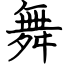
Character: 舞